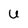
Character: u